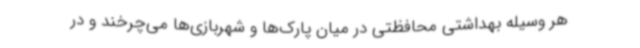
هر وسیله بهداشتی محافظتی در میان پارک‌ها و شهربازی‌ها می‌چرخند و در